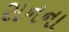
સનના